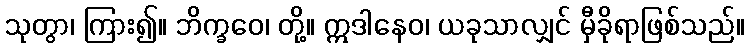
သုတွာ၊ ကြား၍။ ဘိက္ခဝေ၊ တို့။ ဣဒါနေဝ၊ ယခုသာလျှင် မှီခိုရာဖြစ်သည်။